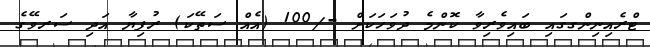
ޓްރެއިނިންގގައި ބައިވެރިވާ ކޮންމެ ދުވަހަކަށް -/100 (އެއް ސަތޭކަ) ރުފިޔާ އަދި ސަރވޭގެ